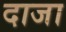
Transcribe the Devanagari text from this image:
दाजा